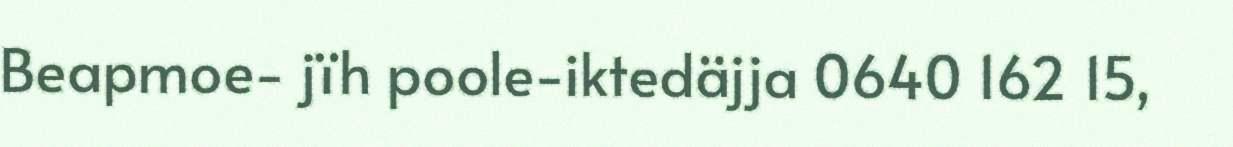
Beapmoe- jïh poole-iktedäjja 0640 162 15,